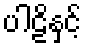
ပါဠိနှင့်